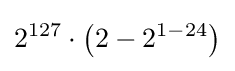
2^{127}\cdot \left(2-2^{1-24}\right)